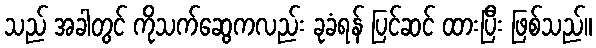
သည် အခါတွင် ကိုသက်ဆွေကလည်း ခုခံရန် ပြင်ဆင် ထားပြီး ဖြစ်သည်။